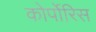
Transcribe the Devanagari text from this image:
कोर्पोरिस